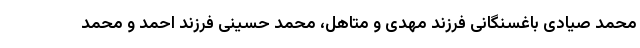
محمد صیادی باغسنگانی فرزند مهدی و متاهل، محمد حسینی فرزند احمد و محمد